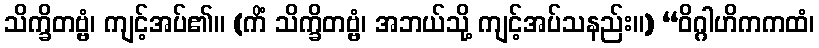
သိက္ခိတဗ္ဗံ၊ ကျင့်အပ်၏။ (ကိံ သိက္ခိတဗ္ဗံ၊ အဘယ်သို့ ကျင့်အပ်သနည်း။) “ဝိဂ္ဂါဟိကကထံ၊